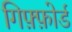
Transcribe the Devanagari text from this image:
गिफ़्फ़ोर्ड